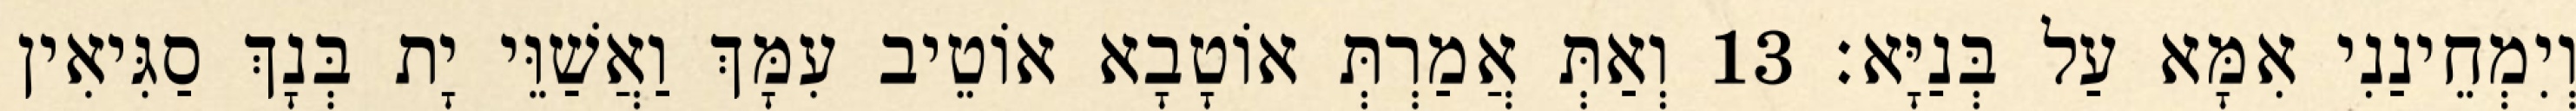
וְיִמְחֵינַנִי אִמָּא עַל בְּנַיָּא׃ 13 וְאַתְּ אֲמַרְתְּ אוֹטָבָא אוֹטֵיב עִמָּךְ וַאֲשַׁוֵּי יָת בְּנָךְ סַגִּיאִין